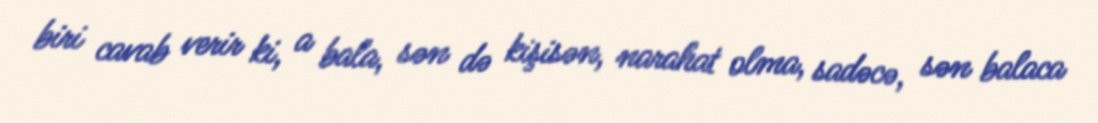
biri cavab verir ki, a bala, sən də kişisən, narahat olma, sadəcə, sən balaca